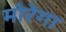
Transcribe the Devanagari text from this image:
मोरेगा